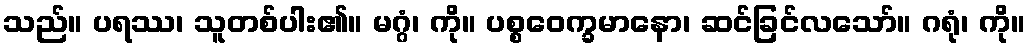
သည်။ ပရဿ၊ သူတစ်ပါး၏။ မဂ္ဂံ၊ ကို။ ပစ္စဝေက္ခမာနော၊ ဆင်ခြင်လသော်။ ဂရုံ၊ ကို။